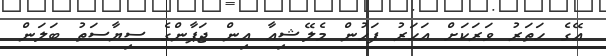
އޭގެ ހަތަރު ވަރަކަށް އަހަރު ފަހުން މެލޭޝިއާ އިން ޖަޕާންގެ ސިޔާސަތު ބަލަން